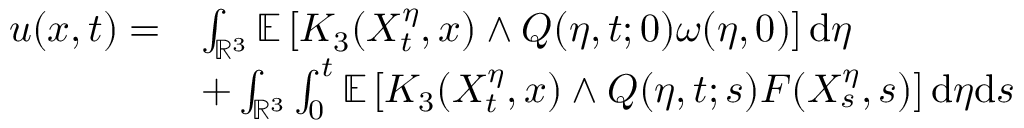
\begin{array} { r l } { u ( x , t ) = } & { \int _ { \mathbb { R } ^ { 3 } } \mathbb { E } \left[ K _ { 3 } ( X _ { t } ^ { \eta } , x ) \wedge Q ( \eta , t ; 0 ) \omega ( \eta , 0 ) \right] \mathrm { d } \eta } \\ & { + \int _ { \mathbb { R } ^ { 3 } } \int _ { 0 } ^ { t } \mathbb { E } \left[ K _ { 3 } ( X _ { t } ^ { \eta } , x ) \wedge Q ( \eta , t ; s ) F ( X _ { s } ^ { \eta } , s ) \right] \mathrm { d } \eta \mathrm { d } s } \end{array}